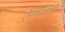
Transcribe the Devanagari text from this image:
ऐनाटोमी